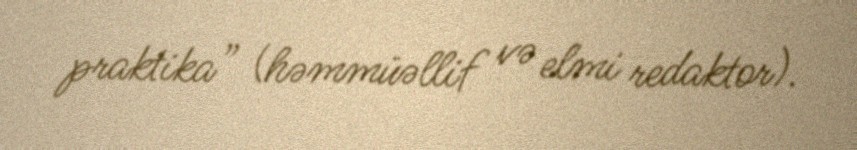
praktika” (həmmüəllif və elmi redaktor).